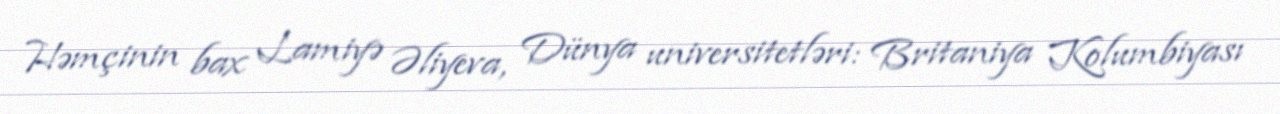
Həmçinin bax Lamiyə Əliyeva, Dünya universitetləri: Britaniya Kolumbiyası